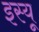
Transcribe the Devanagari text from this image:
इस्यू